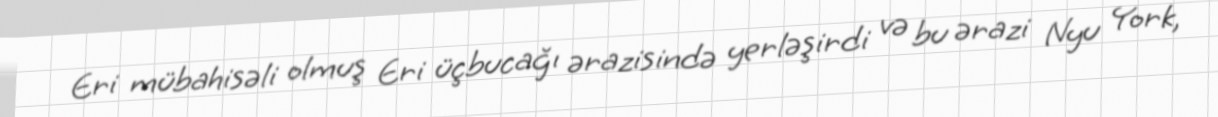
Eri mübahisəli olmuş Eri üçbucağı ərazisində yerləşirdi və bu ərazi Nyu York,